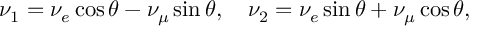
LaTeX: \nu _ { 1 } = \nu _ { e } \cos \theta - \nu _ { \mu } \sin \theta , ~ ~ ~ \nu _ { 2 } = \nu _ { e } \sin \theta + \nu _ { \mu } \cos \theta ,